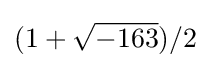
(1+{\sqrt {-163}})/2